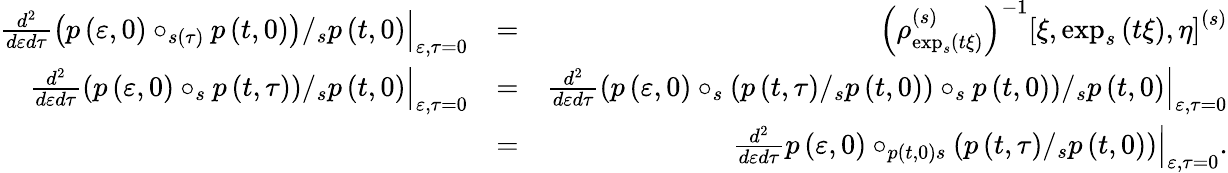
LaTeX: \begin{array}{rlr}{\left.\frac{d^{2}}{d\varepsilon d\tau}\left(p\left(\varepsilon,0\right)\circ_{s\left(\tau\right)}p\left(t,0\right)\right)/_{s}p\left(t,0\right)\right\vert_{\varepsilon,\tau=0}}&{=}&{\left(\rho_{\exp_{s}\left(t\xi\right)}^{\left(s\right)}\right)^{-1}\left[\xi,\exp_{s}\left(t\xi\right),\eta\right]^{\left(s\right)}}\\ {\left.\frac{d^{2}}{d\varepsilon d\tau}\left(p\left(\varepsilon,0\right)\circ_{s}p\left(t,\tau\right)\right)/_{s}p\left(t,0\right)\right\vert_{\varepsilon,\tau=0}}&{=}&{\left.\frac{d^{2}}{d\varepsilon d\tau}\left(p\left(\varepsilon,0\right)\circ_{s}\left(p\left(t,\tau\right)/_{s}p\left(t,0\right)\right)\circ_{s}p\left(t,0\right)\right)/_{s}p\left(t,0\right)\right\vert_{\varepsilon,\tau=0}}\\ &{=}&{\left.\frac{d^{2}}{d\varepsilon d\tau}p\left(\varepsilon,0\right)\circ_{p\left(t,0\right)s}\left(p\left(t,\tau\right)/_{s}p\left(t,0\right)\right)\right\vert_{\varepsilon,\tau=0}.}\end{array}